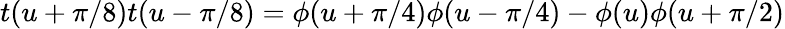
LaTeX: t(u+\pi/8)t(u-\pi/8)=\phi(u+\pi/4)\phi(u-\pi/4)-\phi(u)\phi(u+\pi/2)